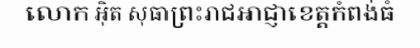
លោក អ៊ិត សុធាព្រះរាជអាជ្ញាខេត្តកំពង់ធំ